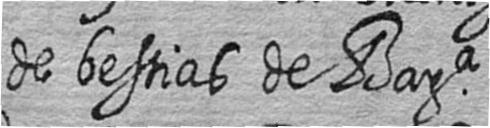
de bestias de Bara